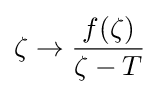
\zeta \rightarrow {\frac {f(\zeta )}{\zeta -T}}